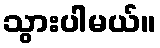
သွားပါမယ်။